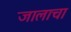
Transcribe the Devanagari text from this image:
जालाचा